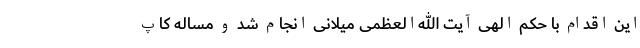
این اقدام با حکم الهی آیت الله‌العظمی میلانی انجام شد و مساله کاپ